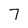
Character: 7